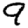
Digit: 9